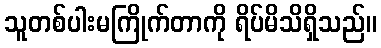
သူတစ်ပါးမကြိုက်တာကို ရိပ်မိသိရှိသည်။